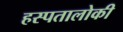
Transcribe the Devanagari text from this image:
हस्पतालोकी